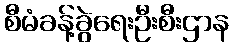
စီမံခန့်ခွဲရေးဦးစီးဌာန